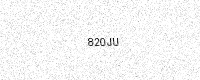
Text: 820JU